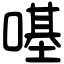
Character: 𠼻